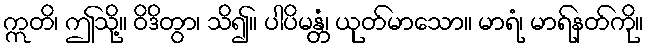
ဣတိ၊ ဤသို့။ ဝိဒိတွာ၊ သိ၍။ ပါပိမန္တံ၊ ယုတ်မာသော။ မာရံ၊ မာရ်နတ်ကို။